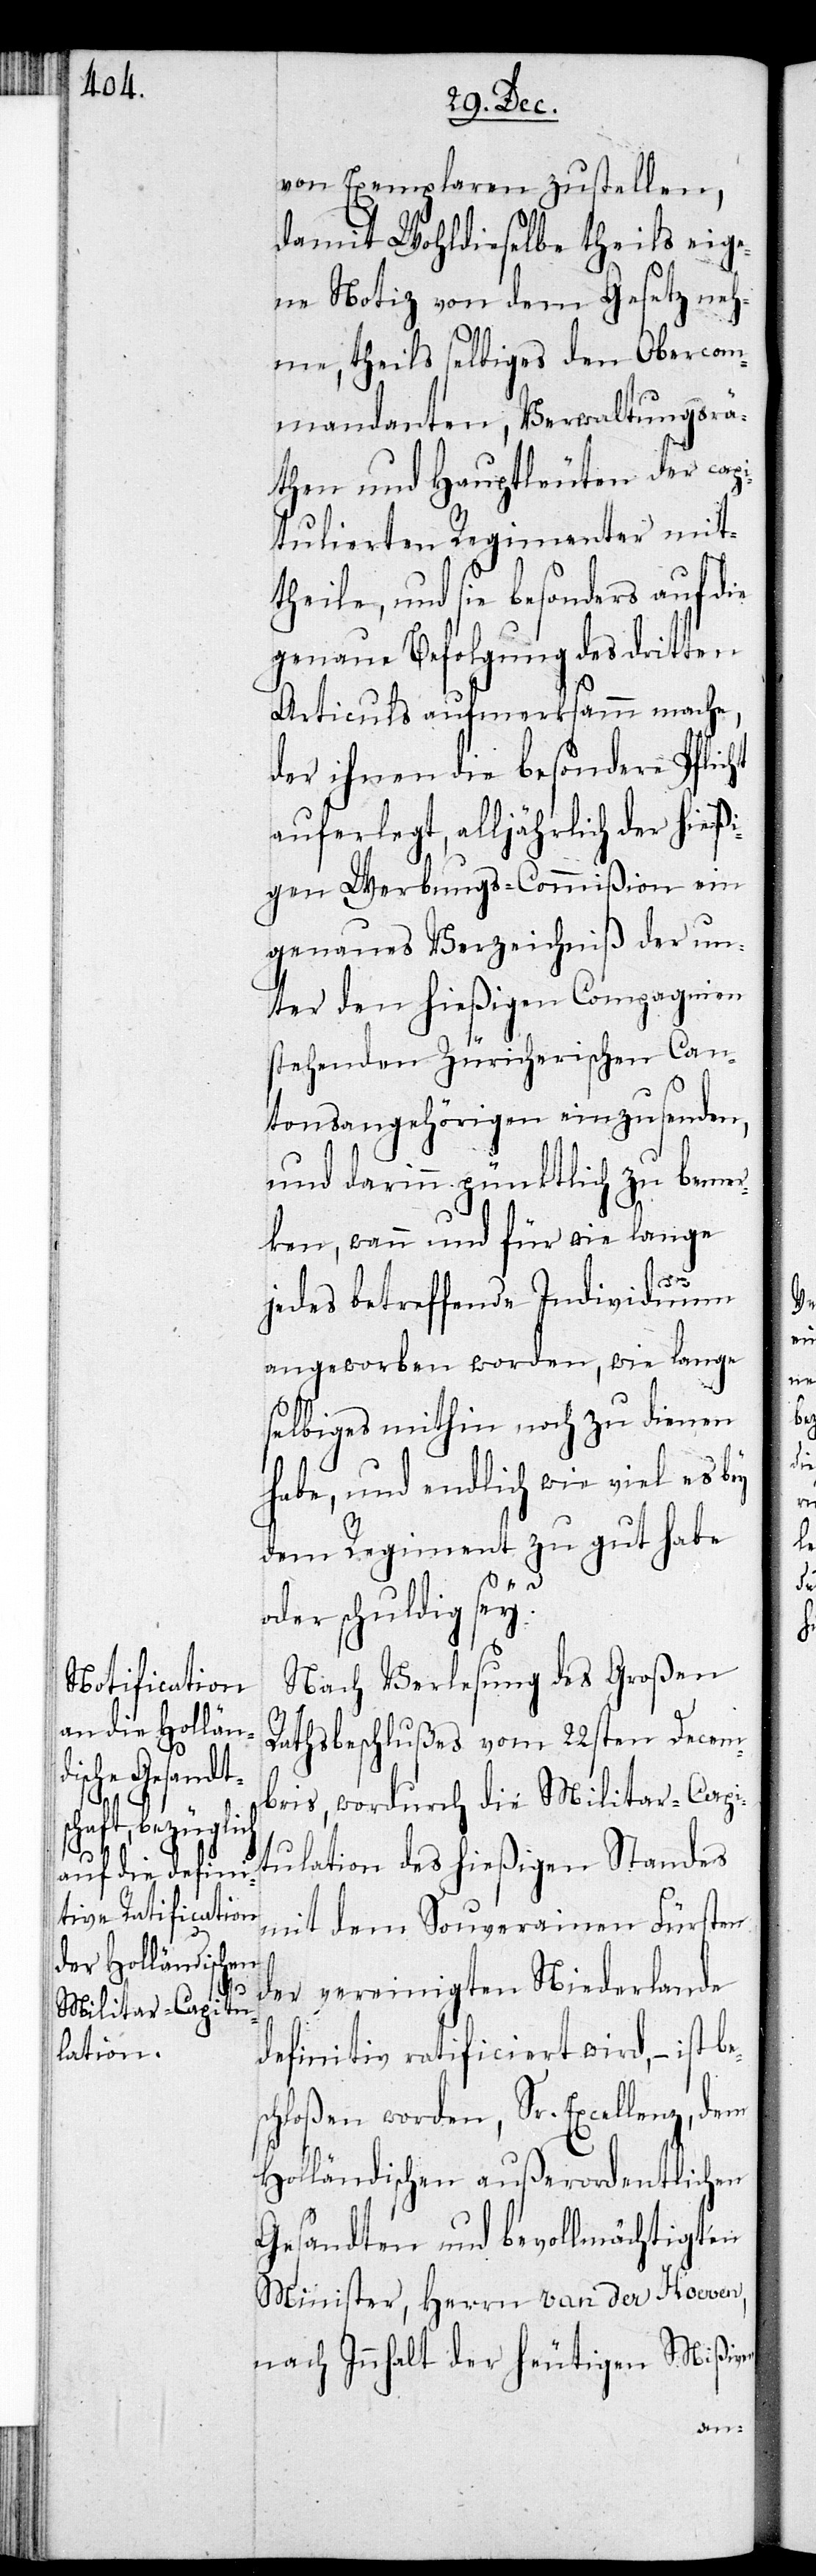
von Exemplaren zustellen,
damit wohldieselbe theils eig¬
ne Notiz von dem Gesetz neh¬
me, theils selbiges den Obercom¬
mandanten, Verwaltungsrä¬
then und Hauptleuten der capi¬
tulierten Regimenter mit¬
theile, und sie besonders auf die
genaue Befolgung des dritten
Articuls aufmerksam mache,
der ihnen die besondere Pflicht
auferlegt, alljährlich der hießi¬
gen Werbungs-Commißion ein
genaues Verzeichniß der un¬
ter den hießigen Compagnien
stehenden zürcherischen Can¬
tonsangehörigen einzusenden,
und darin pünktlich zu bemer¬
ken, wann und für wie lange
bes¬
jedes betreffende Individuum
angeworben worden, wie lange
selbiges mithin noch zu dienen
habe, und endlich wie viel es bey
dem Regiment zu gut habe
oder schuldig sey?
Nach Verlesung des Großen
Rathsbeschlußes vom 22sten Decem¬
bris, wodurch die Militar-Capi¬
tulation des hießigen Standes
mit dem Souverainen Fürsten
der vereinigten Niederlande
definitiv ratificiert wird, – ist
chloßen worden, Sr. Excellenz, dem
Holländischen außerordentlichen
Gesandten und bevollmächtigten
Minister, Herrn van der Hoeven,
nach Innhalt der heutigen Mißiv¬
en